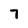
Character: 7